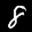
Label: 8